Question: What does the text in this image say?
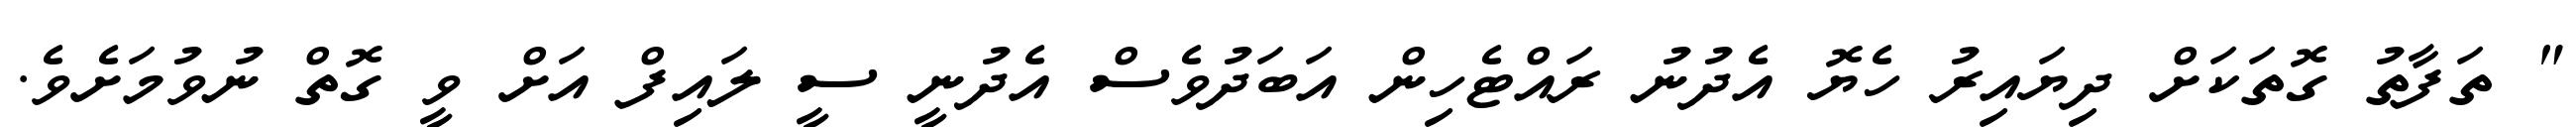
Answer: " ތަފާތު ގޮތަކަށް ދިޔައިރު ހެޔޮ އެދުނު ރައްޓެހިން އަބަދުވެސް އެދުނީ ސީ ލައިފް އަށް ވީ ގޮތް ނުވުމަށެވެ.